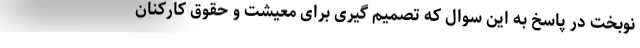
نوبخت در پاسخ به این سوال که تصمیم گیری برای معیشت و حقوق کارکنان